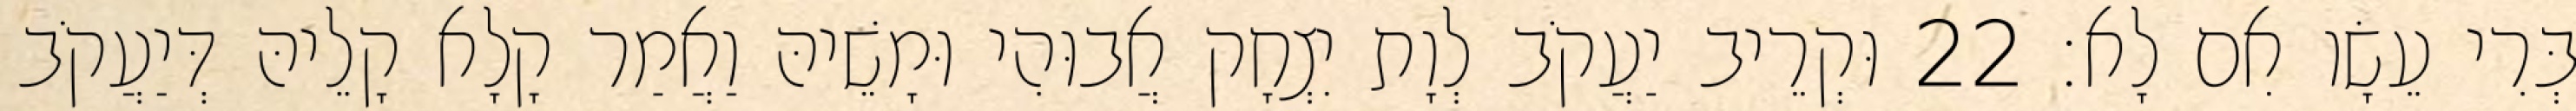
בְּרִי עֵשָׂו אִם לָא׃ 22 וּקְרֵיב יַעֲקֹב לְוָת יִצְחָק אֲבוּהִי וּמָשֵׁיהּ וַאֲמַר קָלָא קָלֵיהּ דְּיַעֲקֹב